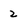
Character: 2